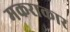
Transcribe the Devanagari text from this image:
मकराकार